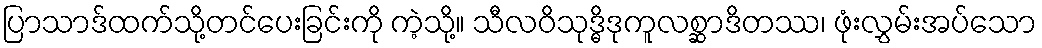
ပြာသာဒ်ထက်သို့တင်ပေးခြင်းကို ကဲ့သို့။ သီလဝိသုဒ္ဓိဒုကူလစ္ဆာဒိတဿ၊ ဖုံးလွှမ်းအပ်သော